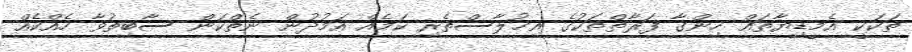
ތަކަކީ އެމީޑިިޔާތައް ހިންގާ ފަރާތްތަކުގެ އިޚުލާސްތެރި ކަމެއް އަމުދުން ނެތްކަން ސާބިތުވާ ހެއްކެއް